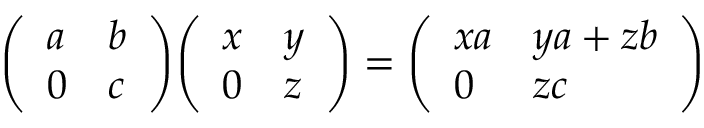
{ \left( \begin{array} { l l } { a } & { b } \\ { 0 } & { c } \end{array} \right) } { \left( \begin{array} { l l } { x } & { y } \\ { 0 } & { z } \end{array} \right) } = { \left( \begin{array} { l l } { x a } & { y a + z b } \\ { 0 } & { z c } \end{array} \right) }